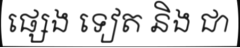
ផ្សេង ទៀត និង ជា